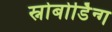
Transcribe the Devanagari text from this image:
स्नोबोर्डिन्ग